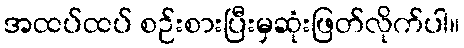
အထပ်ထပ် စဉ်းစားပြီးမှဆုံးဖြတ်လိုက်ပါ။